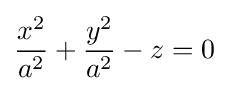
{x^{2} \over a^{2}}+{y^{2} \over a^{2}}-z=0